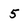
Character: 5